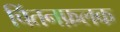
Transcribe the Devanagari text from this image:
चिंतनफ़लक